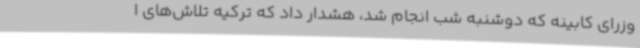
وزرای کابینه که دوشنبه شب انجام شد، هشدار داد که ترکیه تلاش‌های ا